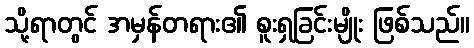
သို့ရာတွင် အမှန်တရား၏ စူးရှခြင်းမျိုး ဖြစ်သည်။